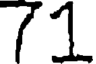
71